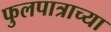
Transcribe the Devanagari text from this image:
फुलपात्राच्या